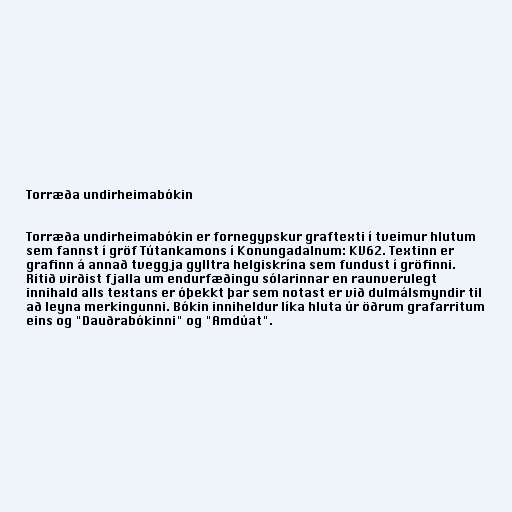
Torræða undirheimabókin

Torræða undirheimabókin er fornegypskur graftexti í tveimur hlutum
sem fannst í gröf Tútankamons í Konungadalnum: KV62. Textinn er
grafinn á annað tveggja gylltra helgiskrína sem fundust í gröfinni.
Ritið virðist fjalla um endurfæðingu sólarinnar en raunverulegt
innihald alls textans er óþekkt þar sem notast er við dulmálsmyndir til
að leyna merkingunni. Bókin inniheldur líka hluta úr öðrum grafarritum
eins og "Dauðrabókinni" og "Amdúat".